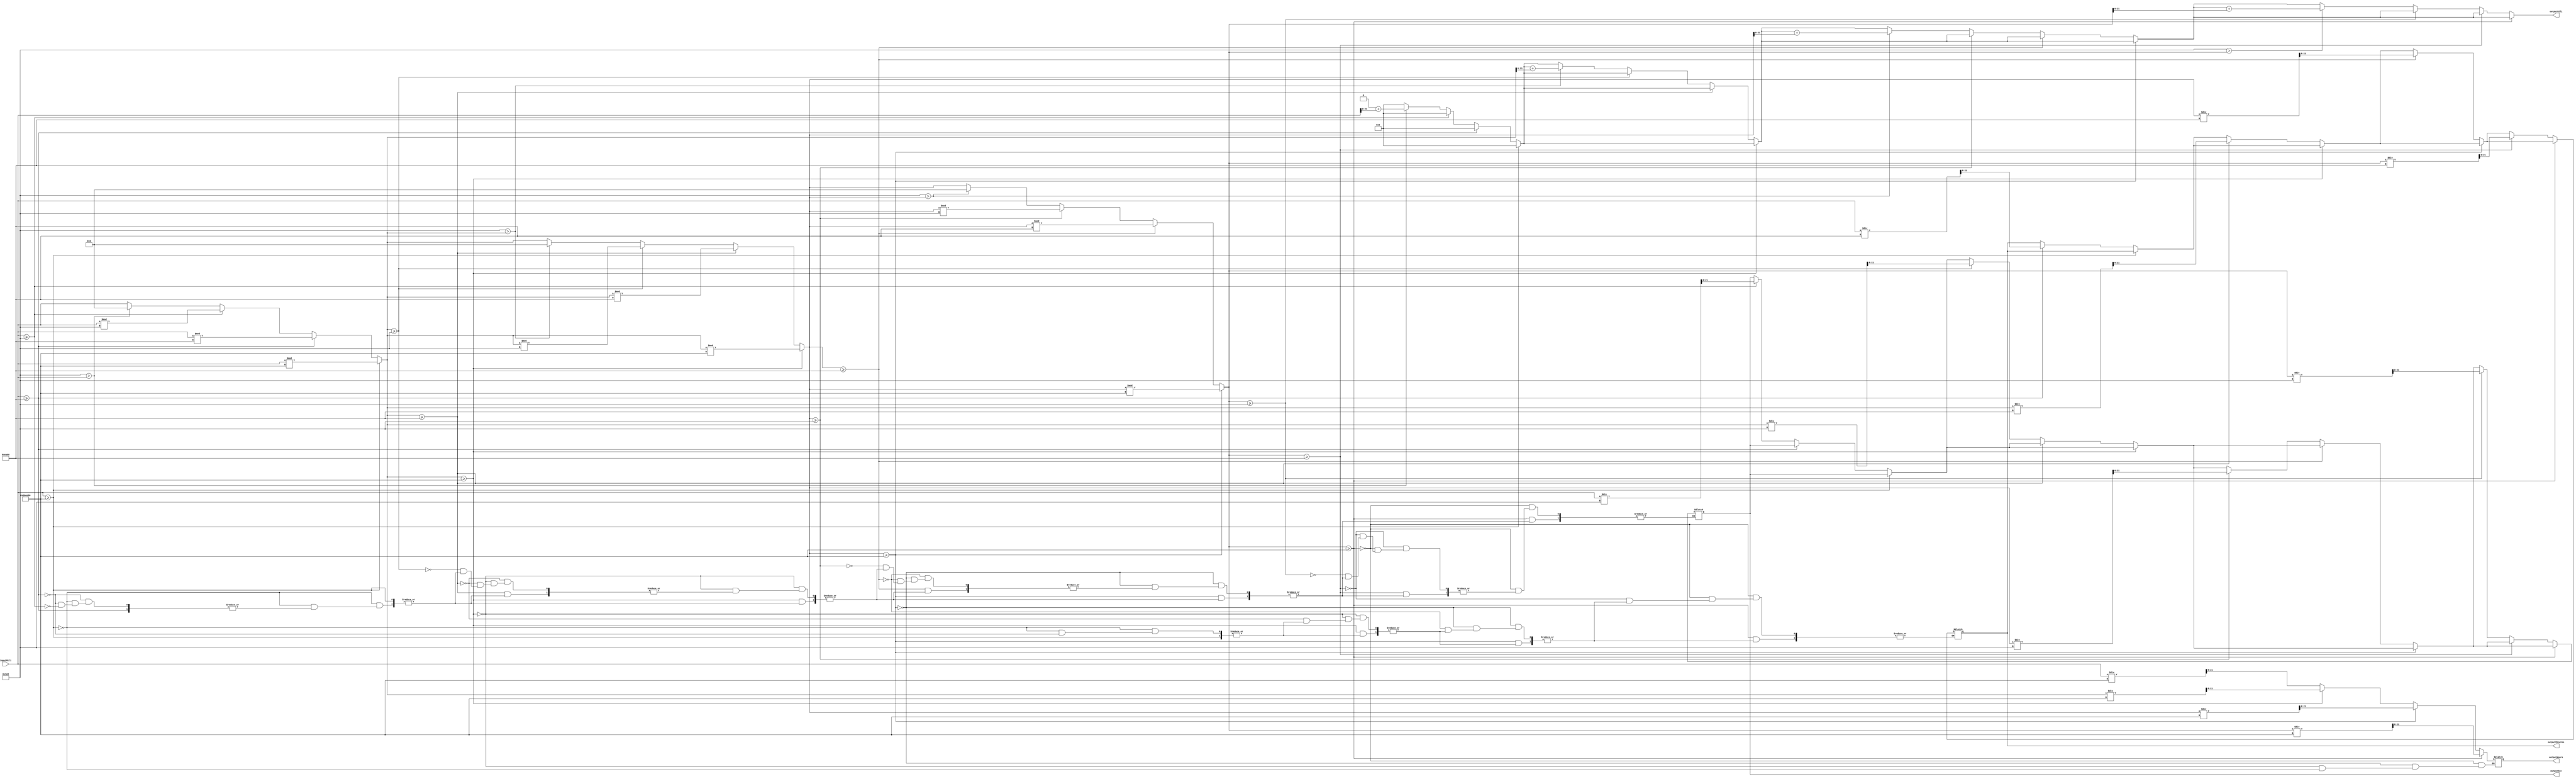
`timescale 1ns / 1ps
//////////////////////////////////////////////////////////////////////////////////
// Company: 
// Engineer: 
// 
// Design Name: 
// Module Name: timeToMili
// Project Name: 
// Target Devices: 
// Tool Versions: 
// Description: 
// 
// Dependencies: 
// 
// Revision:
// Revision 0.01 - File Created
// Additional Comments:
// 
//////////////////////////////////////////////////////////////////////////////////


module militoTime(
    output reg [21:0] outputMinutes,outputHours,outputSec,outputMili,
    input [23:0]  inputMili//17 bits binary ng mili in days  

    );
	
    integer i;
    //kasi bawal ma reg yung input temp na lang 
    reg  [23:0] temp;
    
 
    always@(inputMili)
		begin
		//put input to temp 
		temp = inputMili;
		outputMili = 1'b0;
		
		//while loop causes error synthesis needs defined time.
		for ( i = 0; i < 4; i = i + 1 )
		begin
		//check if larger or equal to an hour 
		if(temp>=22'b1101101110111010000000)//3600000
			begin 
			outputHours = temp/22'b1101101110111010000000;
			temp = temp%22'b1101101110111010000000;
			end
		 //check if larger or equal to a minute     
		else if(temp>=16'b1110101001100000)//60000 
			begin 
			outputMinutes = temp/16'b1110101001100000;
			temp = temp%16'b1110101001100000;
			end
		 //check if larger or equal to a sec    
		else if(temp>=10'b1111101000)//1000 
			begin 
			outputSec = temp/10'b1111101000;
			temp = temp%10'b1111101000;
			end   
		//if below 1000ms or 1 sec then add all to ms 
		else if(10'b1111101000>temp )
			begin 
			outputMili = outputMili+temp;
			temp = 1'b0;
			end           
		
		
		end
    end
    
    
 
    
    
endmodule